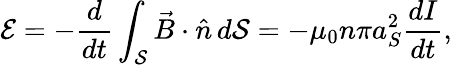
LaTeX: \mathcal E=-\frac{d}{dt}\int_{\mathcal S}\vec{B}\cdot\hat{n}\, d\mathcal S=-\mu_{0}n\pi a_{S}^{2}\frac{dI}{dt},